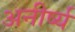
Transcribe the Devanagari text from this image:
अनीर्ष्य